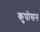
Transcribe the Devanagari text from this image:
कुपोसन